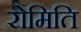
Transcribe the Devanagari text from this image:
रोमिति